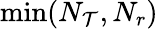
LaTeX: \operatorname*{min}(N_{\mathcal{T}},N_{r})